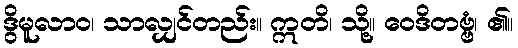
ဒွိမူလာဝ၊ သာလျှင်တည်း။ ဣတိ၊ သို့။ ဝေဒိတဗ္ဗံ၊ ၏။